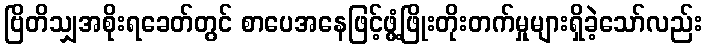
ဗြိတိသျှအစိုးရခေတ်တွင် စာပေအနေဖြင့်ဖွံ့ဖြိုးတိုးတက်မှုများရှိခဲ့သော်လည်း